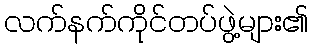
လက်နက်ကိုင်တပ်ဖွဲ့များ၏